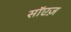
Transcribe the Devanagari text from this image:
सॉएज़